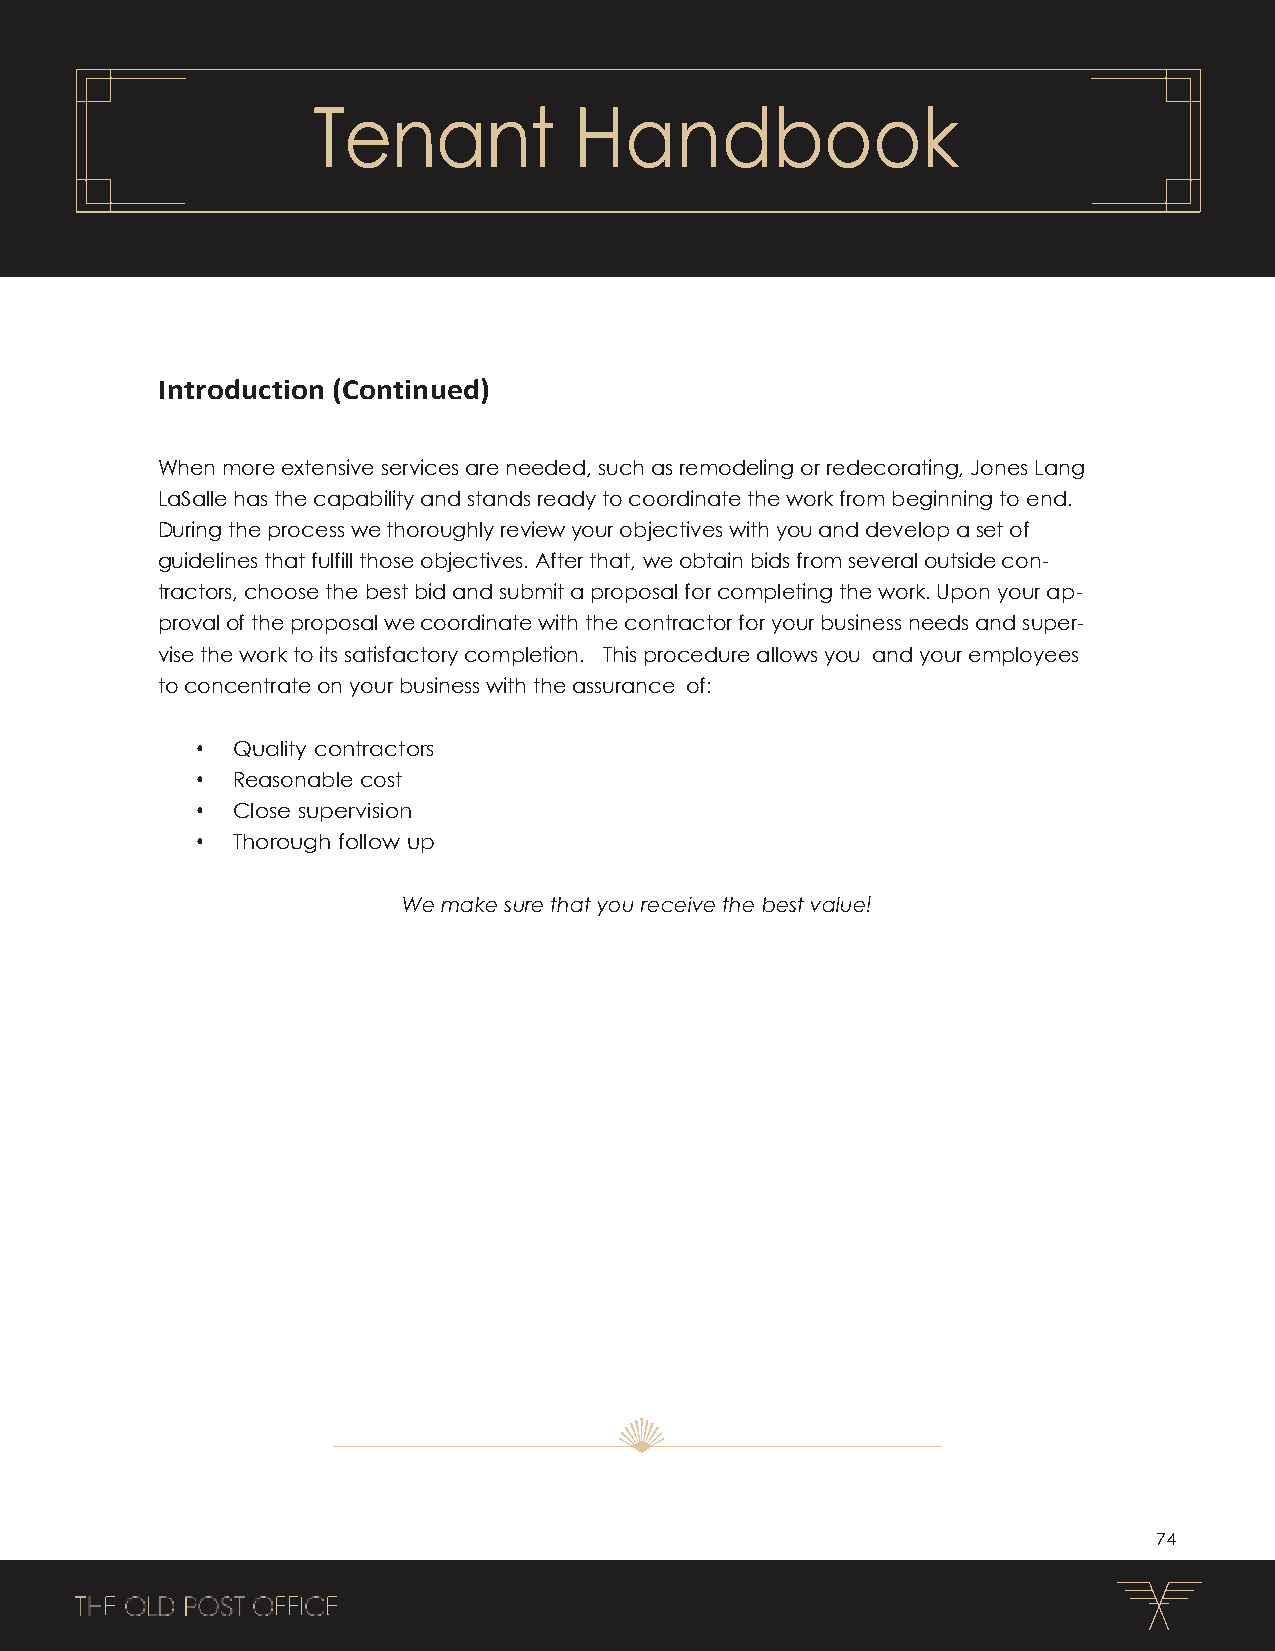
Tenant           Handbook
 Introduction (Continued)
 When more extensive services are needed, such as remodeling or redecorating, Jones Lang
 LaSalle has the capability and stands ready to coordinate the work from beginning to end.
 During the process we thoroughly review your objectives with you and develop a set of
 guidelines that fulfill those objectives. After that, we obtain bids from several outside con-
 tractors, choose the best bid and submit a proposal for completing the work. Upon your ap-
 proval of the proposal we coordinate with the contractor for your business needs and super-
 vise the work to its satisfactory completion. This procedure allows you and your employees
 to concentrate on your business with the assurance of:
 • Quality contractors
 • Reasonable cost
 • Close supervision
 • Thorough follow up
 We make sure that you receive the best value!
 74